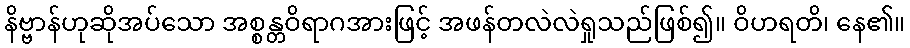
နိဗ္ဗာန်ဟုဆိုအပ်သော အစ္စန္တဝိရာဂအားဖြင့် အဖန်တလဲလဲရှုသည်ဖြစ်၍။ ဝိဟရတိ၊ နေ၏။